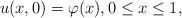
LaTeX: \begin{align*}u(x,0)=\varphi (x),0\leq x\leq 1, \end{align*}